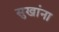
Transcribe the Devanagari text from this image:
सुखांना